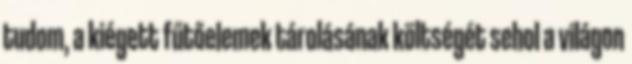
tudom, a kiégett fűtőelemek tárolásának költségét sehol a világon